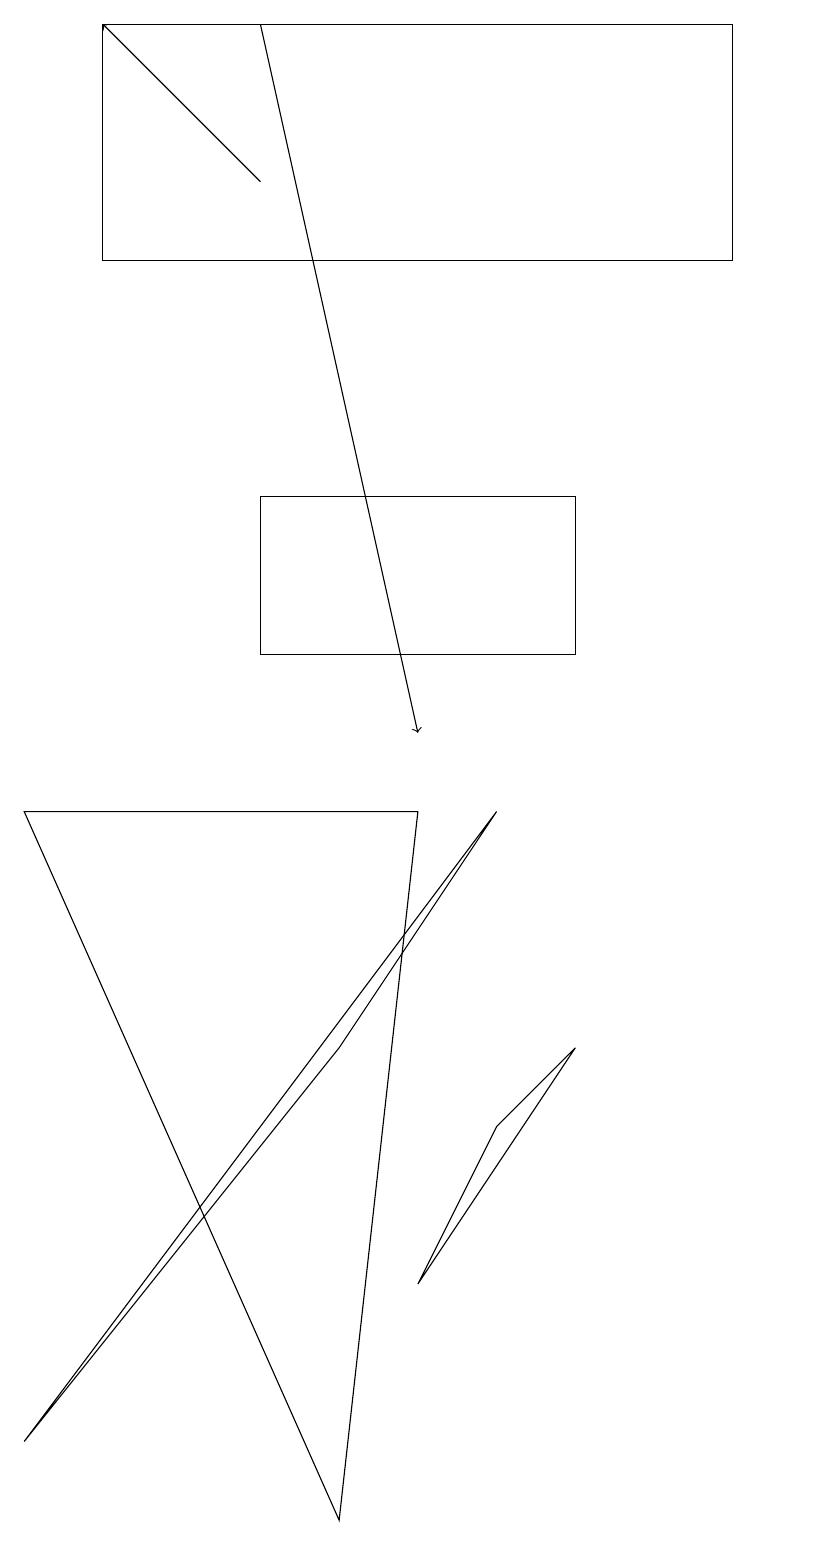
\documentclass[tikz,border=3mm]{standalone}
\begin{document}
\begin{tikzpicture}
\draw (6,5) -- (5,3) -- (7,6) -- cycle;
\draw (10,10) circle (0);
\draw[->] (3,17) -- (1,19);
\draw[->] (3,19) -- (5,10);
\draw (3,11) rectangle (7,13);
\draw (9,16) rectangle (1,19);
\draw (0,1) -- (4,6) -- (6,9) -- cycle;
\draw (5,9) -- (4,0) -- (0,9) -- cycle;
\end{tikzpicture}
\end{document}